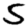
Digit: 5